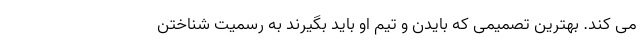
می کند. بهترین تصمیمی که بایدن و تیم او باید بگیرند به رسمیت شناختن